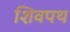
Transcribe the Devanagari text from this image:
शिवपथ